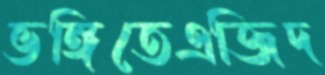
ভঙ্গিতেএজিদ